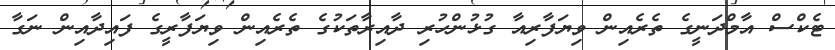
ޓެކްސް އާމްދަނީގެ ތެރެއިން ވިޔަފާރިއާ ގުޅުންހުރި ދާއިރާތަކުގެ ތެރެއިން ވިޔަފާރީގެ ފައިދާއިން ނަގާ